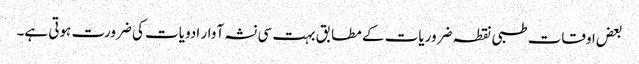
بعض اوقات طبی نقطہ ضروریات کے مطابق بہت سی نشہ آوار ادویات کی ضرورت ہوتی ہے۔